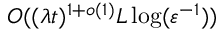
O ( ( \lambda t ) ^ { 1 + o ( 1 ) } L \log ( \varepsilon ^ { - 1 } ) )